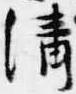
清